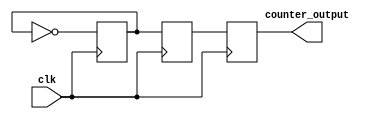
module JohnsonCounter (
    input wire clk,
    output reg [3:0] counter_output
);

reg [3:0] q [3:0];

always @(posedge clk) begin
    q[0] <= q[3];
    q[1] <= q[0];
    q[2] <= q[1];
    q[3] <= ~q[3];
    
    counter_output <= {q[3], q[2], q[1], q[0]};
end

endmodule